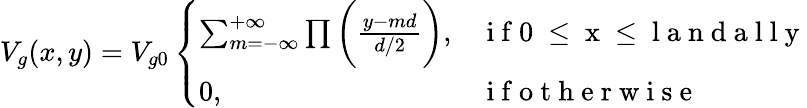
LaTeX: V_{g}(x,y)=V_{g0}\left\{ \begin{array}{ll}{\sum_{m=-\infty}^{+\infty}\prod\bigg(\frac{y-md}{d/2}\bigg),}&{\mathrm{~i~f~0~\leq~x~\leq~l~a~n~d~a~l~l~y~}}\\ {0,}&{\mathrm{~i~f~o~t~h~e~r~w~i~s~e~}}\end{array}\right.